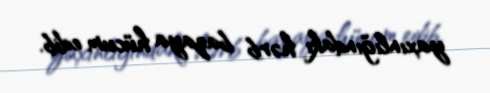
yaxınlığındakı hərb bazaya hücum edib.